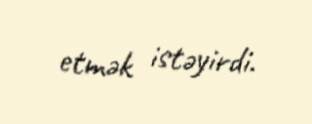
etmək istəyirdi.